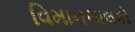
વિમાનચાલકો